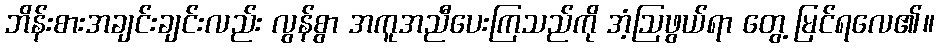
ဘိန်းစားအချင်းချင်းလည်း လွန်စွာ အကူအညီပေးကြသည်ကို အံ့ဩဖွယ်ရာ တွေ့ မြင်ရလေ၏။